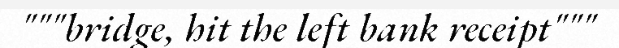
"""bridge, hit the left bank receipt"""